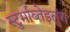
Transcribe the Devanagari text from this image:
स्टुर्माब्तेइलुंग